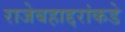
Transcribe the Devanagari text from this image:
राजेबहाद्दरांकडे